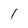
Character: I